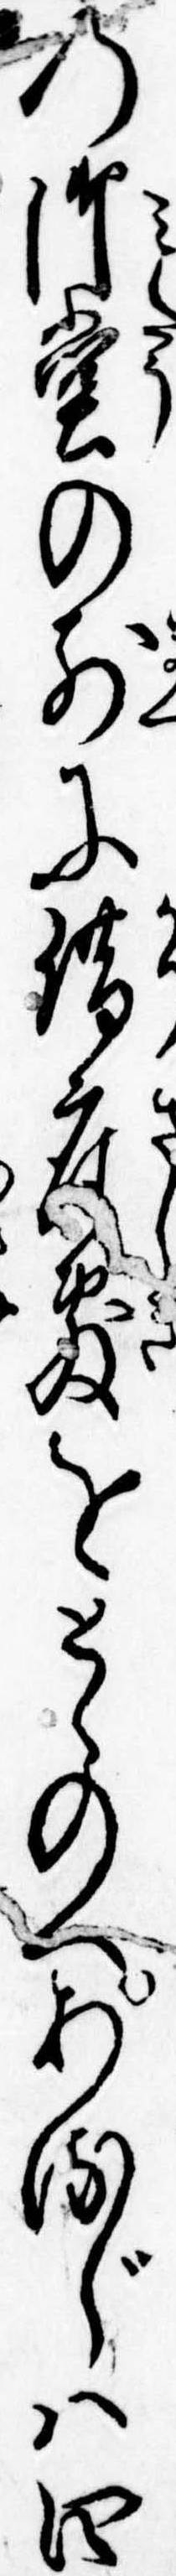
の御堂の前に借座敷をとゝのへあるじは四